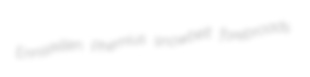
Enniskillen Phemius snowbelt forebroads